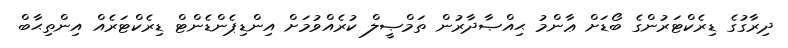
ދިރާގުގެ ޑިރެކްޓަރުންގެ ބޯޑަށް ޢާންމު ޙިއްޞާދާރުން ތަމްޞީލް ކުރެއްވުމަށް އިންޑިޕެންޑެންޓް ޑިރެކްޓަރެއް އިންތިޙާބް